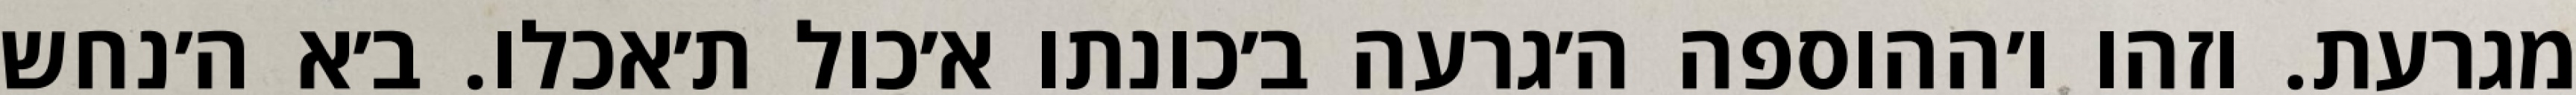
מגרעת. וזהו ו׳ההוספה ה׳גרעה ב׳כונתו א׳כול ת׳אכלו. ב׳א ה׳נחש